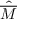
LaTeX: \hat { \overline { { M } } }